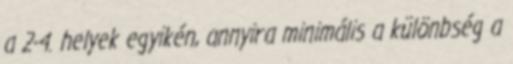
a 2-4. helyek egyikén, annyira minimális a különbség a